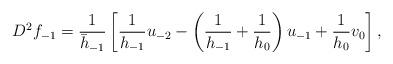
LaTeX: \begin{align*} D^2f_{-1} &= \frac{1}{\bar{h}_{-1}}\left[ \frac{1}{h_{-1}}u_{-2} - \left( \frac{1}{h_{-1}} + \frac{1}{h_{0}}\right)u_{-1} + \frac{1}{h_{0}}v_0 \right],\end{align*}